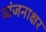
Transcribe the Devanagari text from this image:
व्यंजनाक्षर